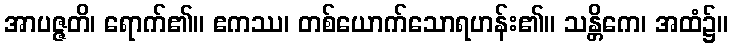
အာပဇ္ဇတိ၊ ရောက်၏။ ဧကဿ၊ တစ်ယောက်သောရဟန်း၏။ သန္တိကေ၊ အထံ၌။